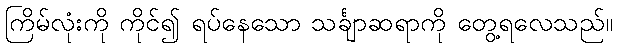
ကြိမ်လုံးကို ကိုင်၍ ရပ်နေသော သင်္ချာဆရာကို တွေ့ရလေသည်။